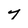
Character: 7